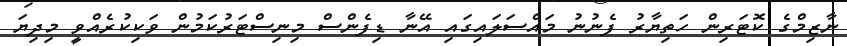
ނާޒިމްގެ ކޮޓަރިން ހަތިޔާރު ފެނުނު މައްސަލައިގައި އޭނާ ޑިފެންސް މިނިސްޓަރުކަމުން ވަކިކުރެއްވީ މިދިޔަ